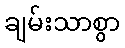
ချမ်းသာစွာ